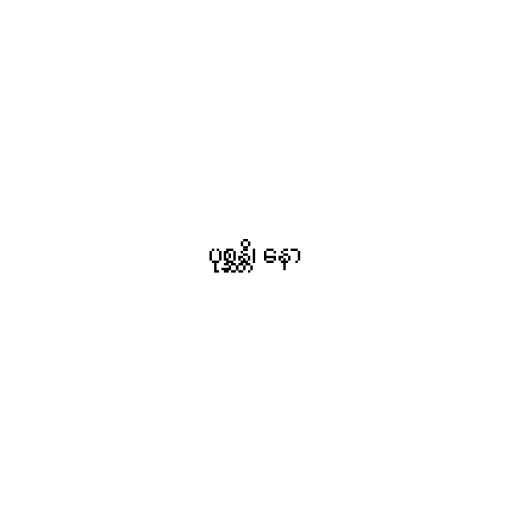
ပုစ္ဆန္တိ၊ နော